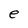
Character: e